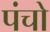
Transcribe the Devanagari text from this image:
पंचो